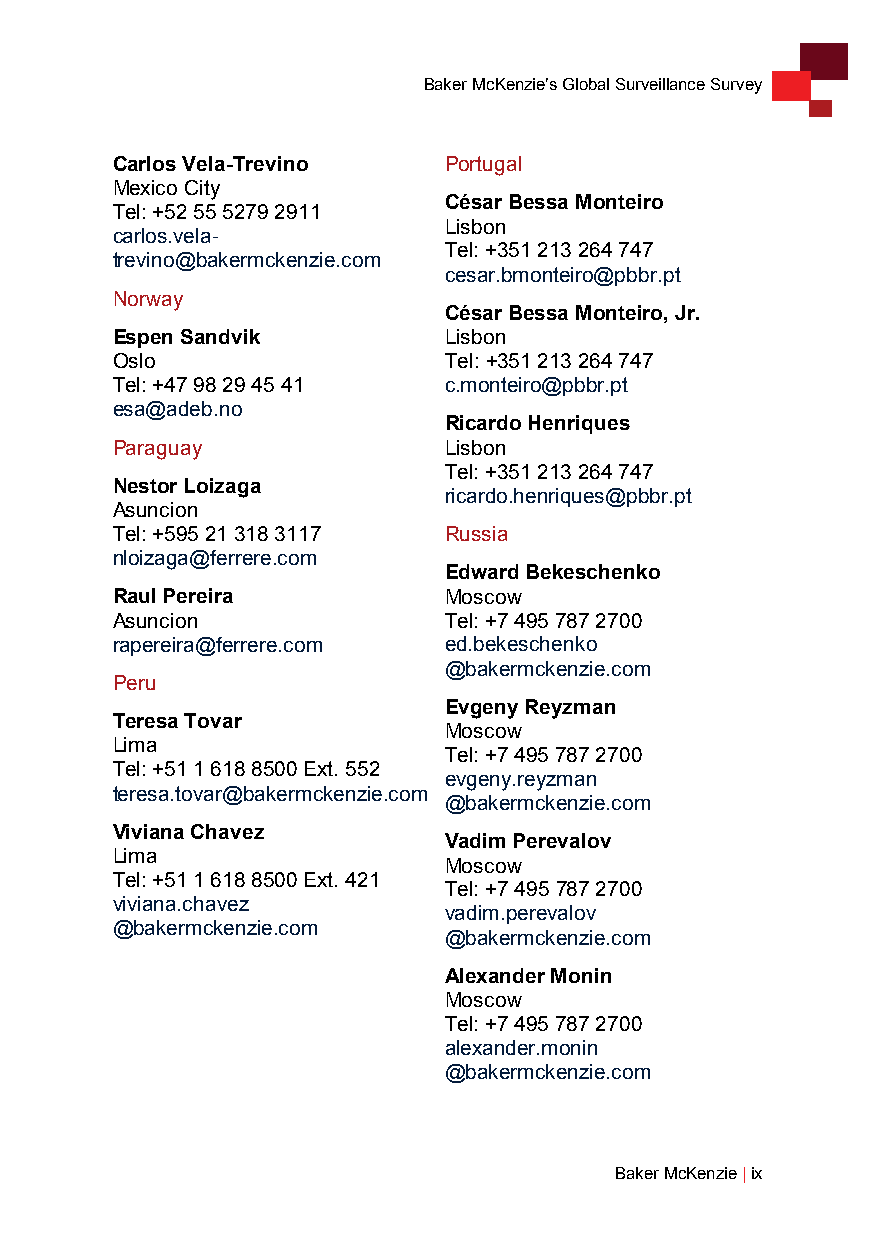
Baker McKenzie’s Global Surveillance Survey
 Carlos Vela-Trevino   Portugal
 Mexico City
 César Bessa Monteiro
 Tel: +52 55 5279 2911
 Lisbon
 carlos.vela-
 Tel: +351 213 264 747
 trevino@bakermckenzie.com
 cesar.bmonteiro@pbbr.pt
 Norway
 César Bessa Monteiro, Jr.
 Espen Sandvik         Lisbon
 Oslo                  Tel: +351 213 264 747
 Tel: +47 98 29 45 41  c.monteiro@pbbr.pt
 esa@adeb.no
 Ricardo Henriques
 Paraguay              Lisbon
 Tel: +351 213 264 747
 Nestor Loizaga
 ricardo.henriques@pbbr.pt
 Asuncion
 Tel: +595 21 318 3117 Russia
 nloizaga@ferrere.com
 Edward Bekeschenko
 Raul Pereira          Moscow
 Asuncion              Tel: +7 495 787 2700
 rapereira@ferrere.com ed.bekeschenko
 @bakermckenzie.com
 Peru
 Evgeny Reyzman
 Teresa Tovar
 Moscow
 Lima
 Tel: +7 495 787 2700
 Tel: +51 1 618 8500 Ext. 552
 evgeny.reyzman
 teresa.tovar@bakermckenzie.com
 @bakermckenzie.com
 Viviana Chavez
 Vadim Perevalov
 Lima
 Moscow
 Tel: +51 1 618 8500 Ext. 421
 Tel: +7 495 787 2700
 viviana.chavez
 vadim.perevalov
 @bakermckenzie.com
 @bakermckenzie.com
 Alexander Monin
 Moscow
 Tel: +7 495 787 2700
 alexander.monin
 @bakermckenzie.com
 Baker McKenzie | ix